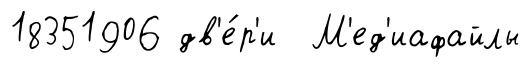
18351906 дв'е́р'и М'ед'иафайлы